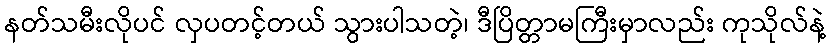
နတ်သမီးလိုပင် လှပတင့်တယ် သွားပါသတဲ့၊ ဒီပြိတ္တာမကြီးမှာလည်း ကုသိုလ်နဲ့